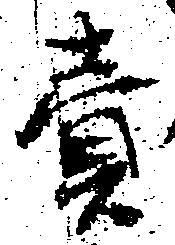
売